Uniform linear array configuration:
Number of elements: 32
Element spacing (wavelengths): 0.75
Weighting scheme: blackman
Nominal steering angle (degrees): -45
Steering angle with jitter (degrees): -45.632
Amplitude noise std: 0.05
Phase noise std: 0.05

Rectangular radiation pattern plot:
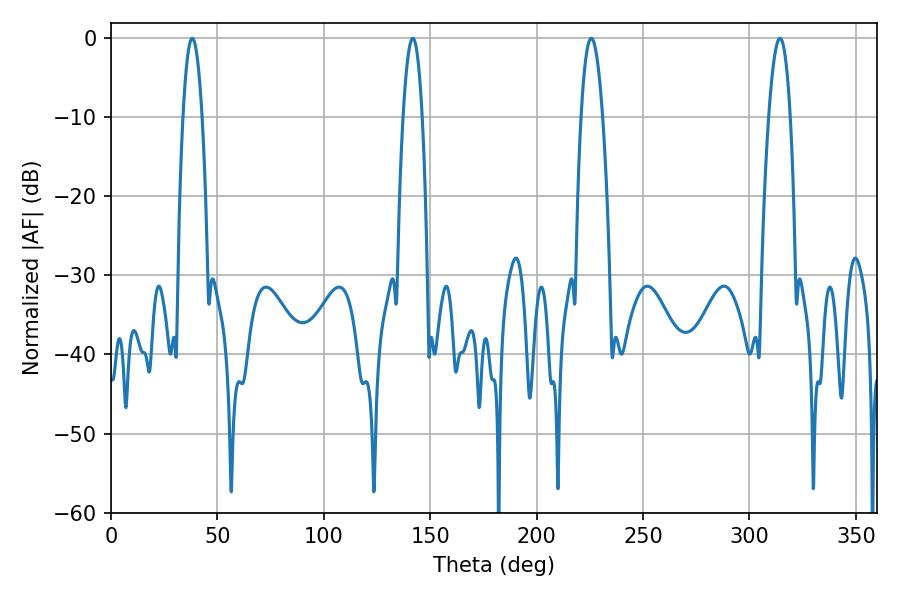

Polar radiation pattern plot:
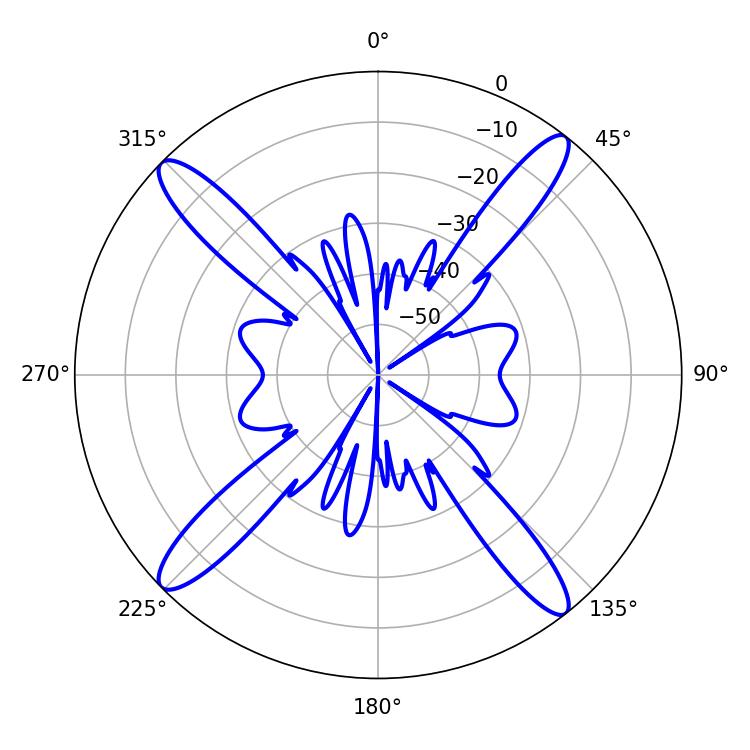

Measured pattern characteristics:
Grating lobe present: TRUE
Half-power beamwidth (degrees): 4.86
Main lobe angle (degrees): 38.16